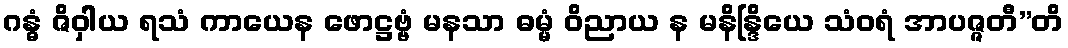
ဂန္ဓံ ဇိဝှါယ ရသံ ကာယေန ဖောဋ္ဌဗ္ဗံ မနသာ ဓမ္မံ ဝိညာယ န မနိန္ဒြိယေ သံဝရံ အာပဇ္ဇတီ”တိ